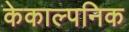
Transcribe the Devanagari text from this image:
केकाल्पनिक